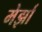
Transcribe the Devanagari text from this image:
मेर्झा